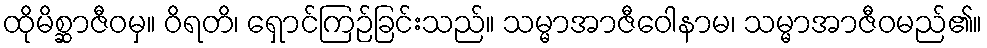
ထိုမိစ္ဆာဇီဝမှ။ ဝိရတိ၊ ရှောင်ကြဉ်ခြင်းသည်။ သမ္မာအာဇီဝေါနာမ၊ သမ္မာအာဇီဝမည်၏။